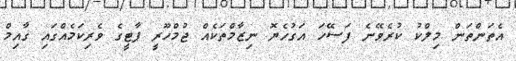
އެތަންތަން މިލްކު ކުރެވޭނެ ފަސޭހަ އަގުހެޔޮ ނިޒާމްތަކެއް ޖުމްހޫރީ ޕާޓީގެ ވެރިކަމެއްގައި ގާއިމް